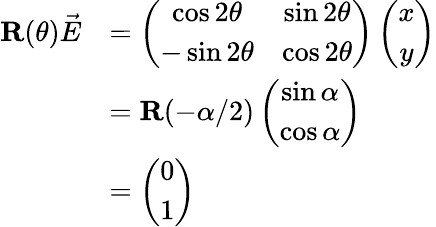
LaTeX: \begin{array}{rl}{\textbf{R}(\theta)\vec{E}}&{=\left(\begin{array}{cc}{\cos 2\theta}&{\sin 2\theta}\\ {-\sin 2\theta}&{\cos 2\theta}\end{array}\right)\left(\begin{array}{cc}{x}\\ {y}\end{array}\right)}\\ &{=\textbf{R}(-\alpha/2)\left(\begin{array}{cc}{\sin\alpha}\\ {\cos\alpha}\end{array}\right)}\\ &{=\left(\begin{array}{cc}{0}\\ {1}\end{array}\right)}\end{array}